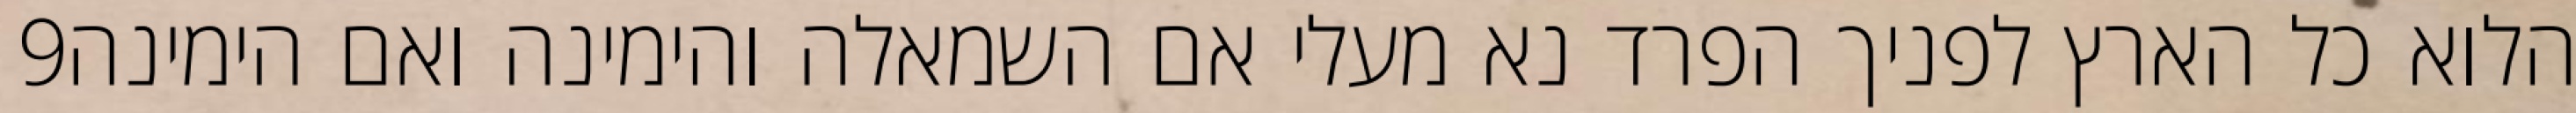
‎9‏ הלוא כל הארץ לפניך הפרד נא מעלי אם השמאלה והימינה ואם הימינה